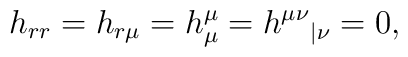
h_{rr}=h_{r\mu}=h^{\mu}_{\mu}=h^{\mu\nu}{}_{|\nu}=0,